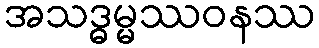
အသဒ္ဓမ္မဿဝနဿ